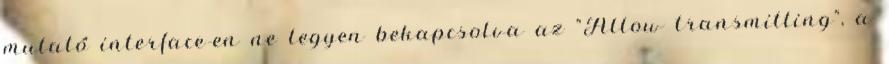
mutató interface-en ne legyen bekapcsolva az "Allow transmitting", a